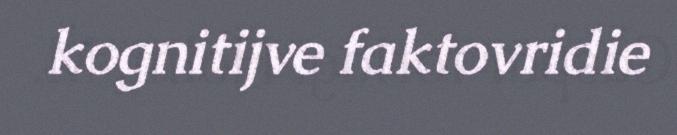
kognitijve faktovridie